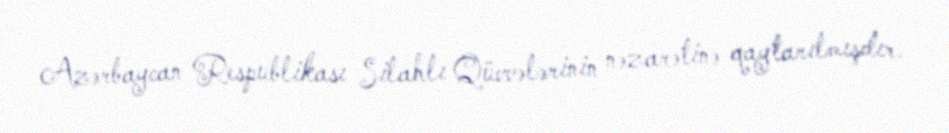
Azərbaycan Respublikası Silahlı Qüvvələrinin nəzarətinə qaytarılmışdır.